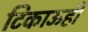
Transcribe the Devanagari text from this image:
टिकाऊही